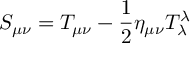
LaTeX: S _ { \mu \nu } = T _ { \mu \nu } - \frac { 1 } { 2 } \eta _ { \mu \nu } T _ { \lambda } ^ { \lambda }